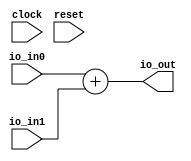
module SignedAdder(
  input         clock,
  input         reset,
  input  [15:0] io_in0,
  input  [15:0] io_in1,
  output [15:0] io_out
);
  assign io_out = $signed(io_in0) + $signed(io_in1); // @[Adder.scala 89:20]
endmodule